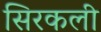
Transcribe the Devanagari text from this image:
सिरकली